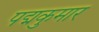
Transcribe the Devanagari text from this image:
पद्मकुमार